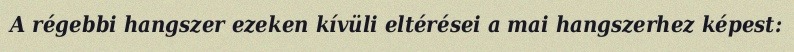
A régebbi hangszer ezeken kívüli eltérései a mai hangszerhez képest: